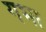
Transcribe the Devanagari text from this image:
गभा